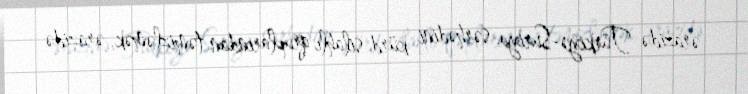
ərazidə Türkiyə-Suriya sərhədini kürd silahlı qruplarından təmizləmək, ərazidə